Scottish Certificate of Education, 1962
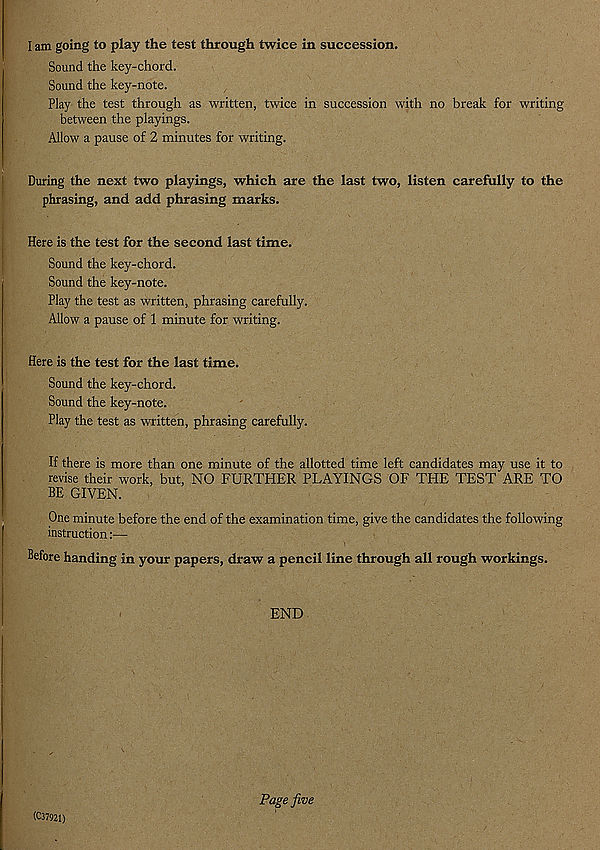
I am going to play the test through twice in succession.
Sound the key-chord.
Sound the key-note.
Play the test through as written, twice in succession with no break for writing
between the playings.
Allow a pause of 2 minutes for writing.
During the next two playings, which are the last two, listen carefully to the
phrasing, and add phrasing marks.
Here is the test for the second last time.
Sound the key-chord.
Sound the key-note.
Play the test as written, phrasing carefully.
Allow a pause of 1 minute for writing.
Here is the test for the last time.
Sound the key-chord.
Sound the key-note.
Play the test as written, phrasing carefully.
If there is more than one minute of the allotted time left candidates may use it to
revise their work, but, NO FURTHER PLAYINGS OF THE TEST ARE TO
BE GIVEN.
One minute before the end of the examination time, give the candidates the following
instruction:—
Before handing in your papers, draw a pencil line through all rough workings.
END
(C37921)
Page jive